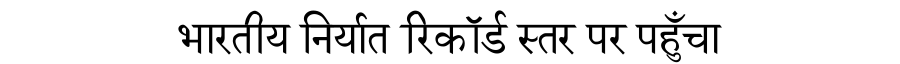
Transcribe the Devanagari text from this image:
भारतीय निर्यात रिकॉर्ड स्तर पर पहुँचा